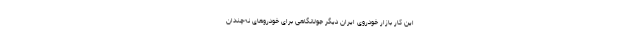
این کار بازار خودروی ایران دیگر جولانگاهی برای خودروهای نه‌چندان